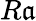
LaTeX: R\mathfrak{a}